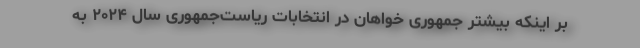
بر اینکه بیشتر جمهوری خواهان در انتخابات ریاست‌جمهوری سال ۲۰۲۴ به